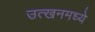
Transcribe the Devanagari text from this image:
उत्खनमध्ये